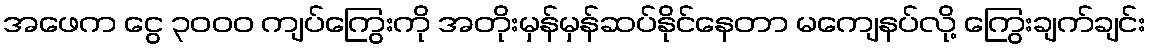
အဖေက ငွေ ၃၀၀၀ ကျပ်ကြွေးကို အတိုးမှန်မှန်ဆပ်နိုင်နေတာ မကျေနပ်လို့ ကြွေးချက်ချင်း